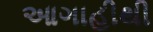
આગાહીથી